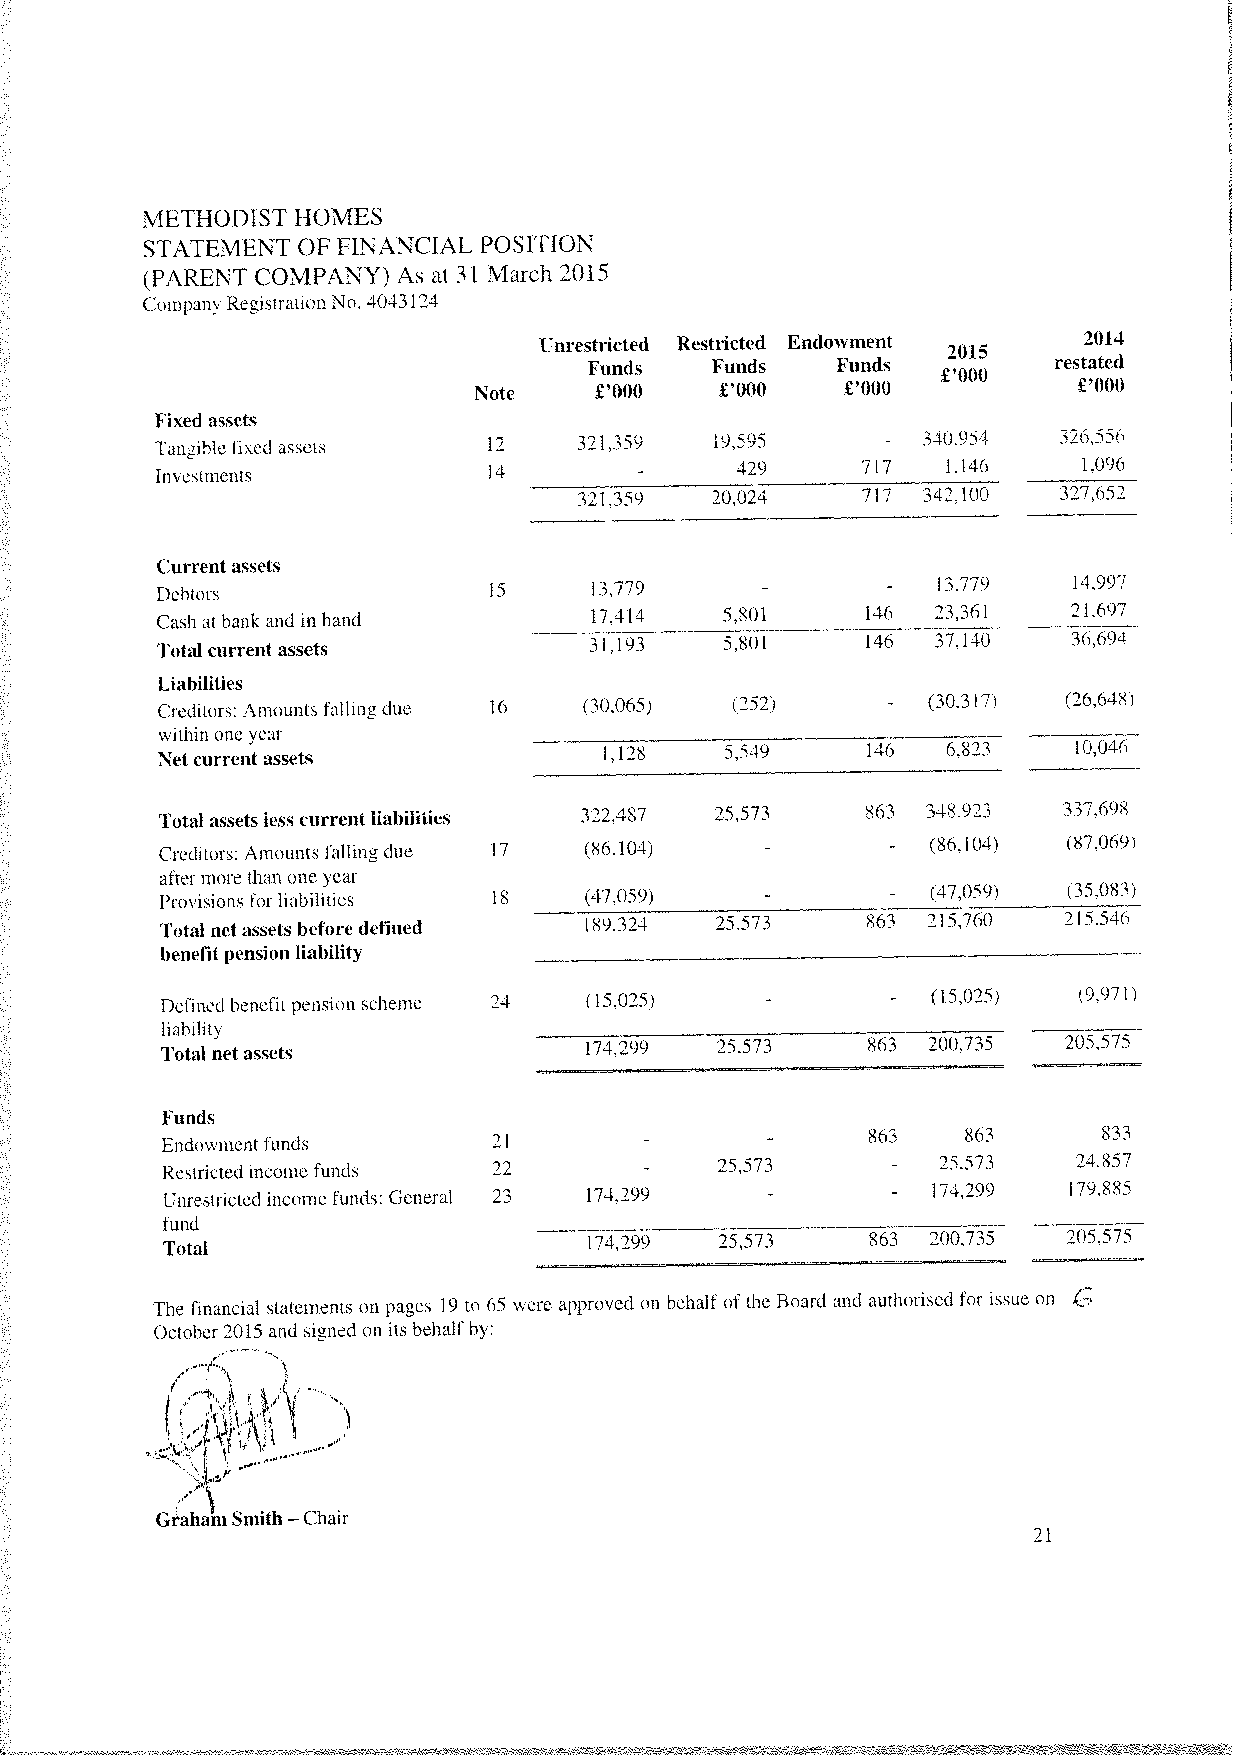
METHODIST  HOMES
 STATEMENT OF FINANCIAL POSITION
 (PARENT COMPANY) As at 31 March 2015
 Compan’ Registration No. 4043124
 Unrestricted Restricted Endowment   2014
 2015
 Funds   Funds   Funds          restated
 £‘OOO
 Note    £‘OOO    £‘OOO   £‘OOO          £‘OOO
 Fixed assets
 Tangible fixed assets 12    321,359  19.595        340.9,4  326,556
 Investments           14               429     717   1.146    1.096
 -
 321,359  20,024    717 342,100  327,652
 Current assets
 Debtors               15     13,779     -        -  13.779   14,997
 Cash at hank and in hand     17.414   5.801    146  23.361   21.607
 Total current assets         31,193   5,801    146  37.140   36,694
 Liabilities
 Creditors: Amounts falling due 16 (30,065) (252) — (30.317j (26.648
 within one year
 Net current assets           1,128   5.549    146   6.823   10.046
 Total assets less current liabilities 322,487 25,573 863 348.923 337.698
 Creditors: Amourns falling due 17 (86.104>         (86.104> 87.069)
 after more than one year
 Provisions br liabilities 18 (47.059)              (47.059) (35.083>
 Total net assets before delined 189.324 25.573 863 215.760 215.546
 benefit pension liability
 Defined benefit pension scheme 24 (15,025)         (15.025) (9,9711
 liability
 Total net assets            174.299  25.573   863 200.735   205.575
 Funds
 Endowment funds       21        -       -      863   863      833
 Restricted income funds 22      -    25,573     -  25.573   24.857
 Unrestricted income funds: General 23 174.299 - -  174.299  179.885
 fund
 Total                       174,299  25.573    863 200.735  205.575
 The financial statements on pages 19 to 65 were approved on behalf of the Board and authorised for issue on (
 October 2015 and signed on its behalfby:
 Graham Smith Chair
 —                                                21